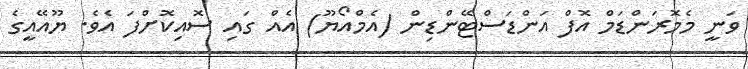
ވަނީ މެމޮރަންޑަމް އޮފް އަންޑަސްޓޭންޑިން (އެމްއޯޔޫ) އެއް ގައި ސޮއިކޮށްފަ އެވެ. ޔޫއޭއީގެ